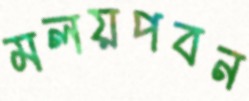
মলয়পবন